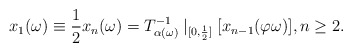
\begin{align*}x_1(\omega)\equiv\frac{1}{2} x_n(\omega)=T^{-1}_{\alpha(\omega)}\mid_{[0,\frac{1}{2}]}[x_{n-1}(\varphi\omega)], n\geq 2.\end{align*}